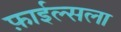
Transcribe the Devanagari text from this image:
फ़ाईल्सला